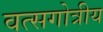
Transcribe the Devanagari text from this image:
वत्सगोत्रीय